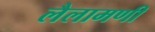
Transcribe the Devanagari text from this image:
लैलामणी